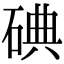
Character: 碘